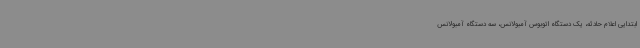
ابتدایی اعلام حادثه، یک دستگاه اتوبوس آمبولانس، سه دستگاه آمبولانس